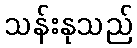
သန်းနုသည်